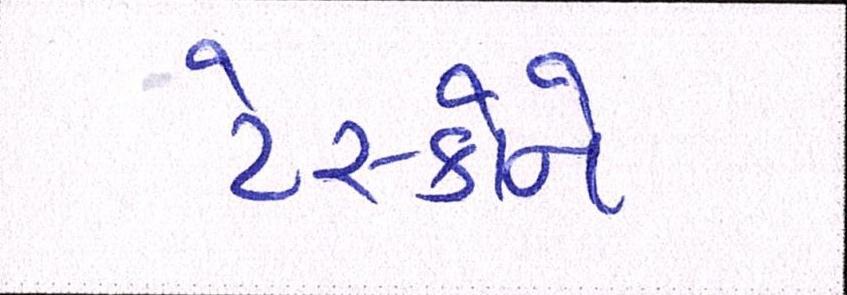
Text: ટેસ્કોને